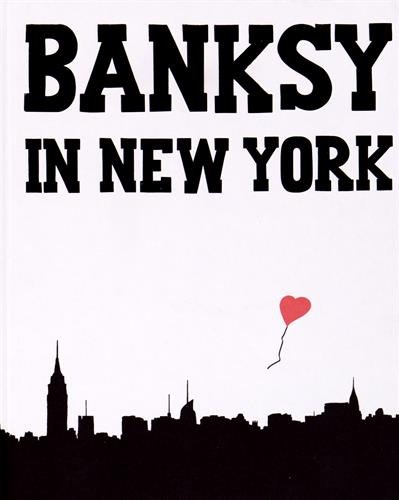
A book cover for Banksy in New York; Ray Mock; Arts & Photography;